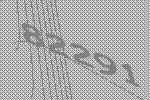
82291